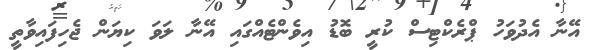
އޭނާ އެދުވަހު ޕްރެކްޓިސް ކުރީ ބޮޑު އިވެންޓެއްގައި އޭނާ ލަވަ ކިޔަން ޖެހިފައިވާތީ